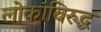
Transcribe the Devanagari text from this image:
लोकांविरुद्ध